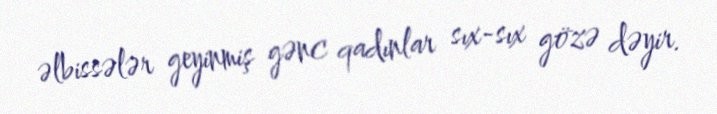
əlbissələr geyinmiş gənc qadınlar sıx-sıx gözə dəyir.